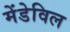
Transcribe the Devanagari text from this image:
मेंडेविल